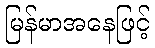
မြန်မာအနေဖြင့်